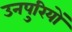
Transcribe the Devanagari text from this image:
उनपुरियों